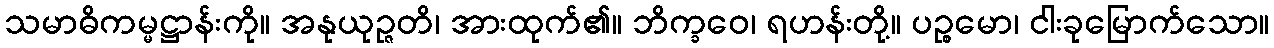
သမာဓိကမ္မဋ္ဌာန်းကို။ အနုယုဉ္ဇတိ၊ အားထုက်၏။ ဘိက္ခဝေ၊ ရဟန်းတို့။ ပဉ္စမော၊ ငါးခုမြောက်သော။